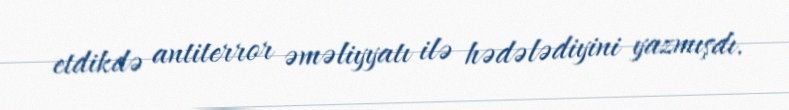
etdikdə antiterror əməliyyatı ilə hədələdiyini yazmışdı.